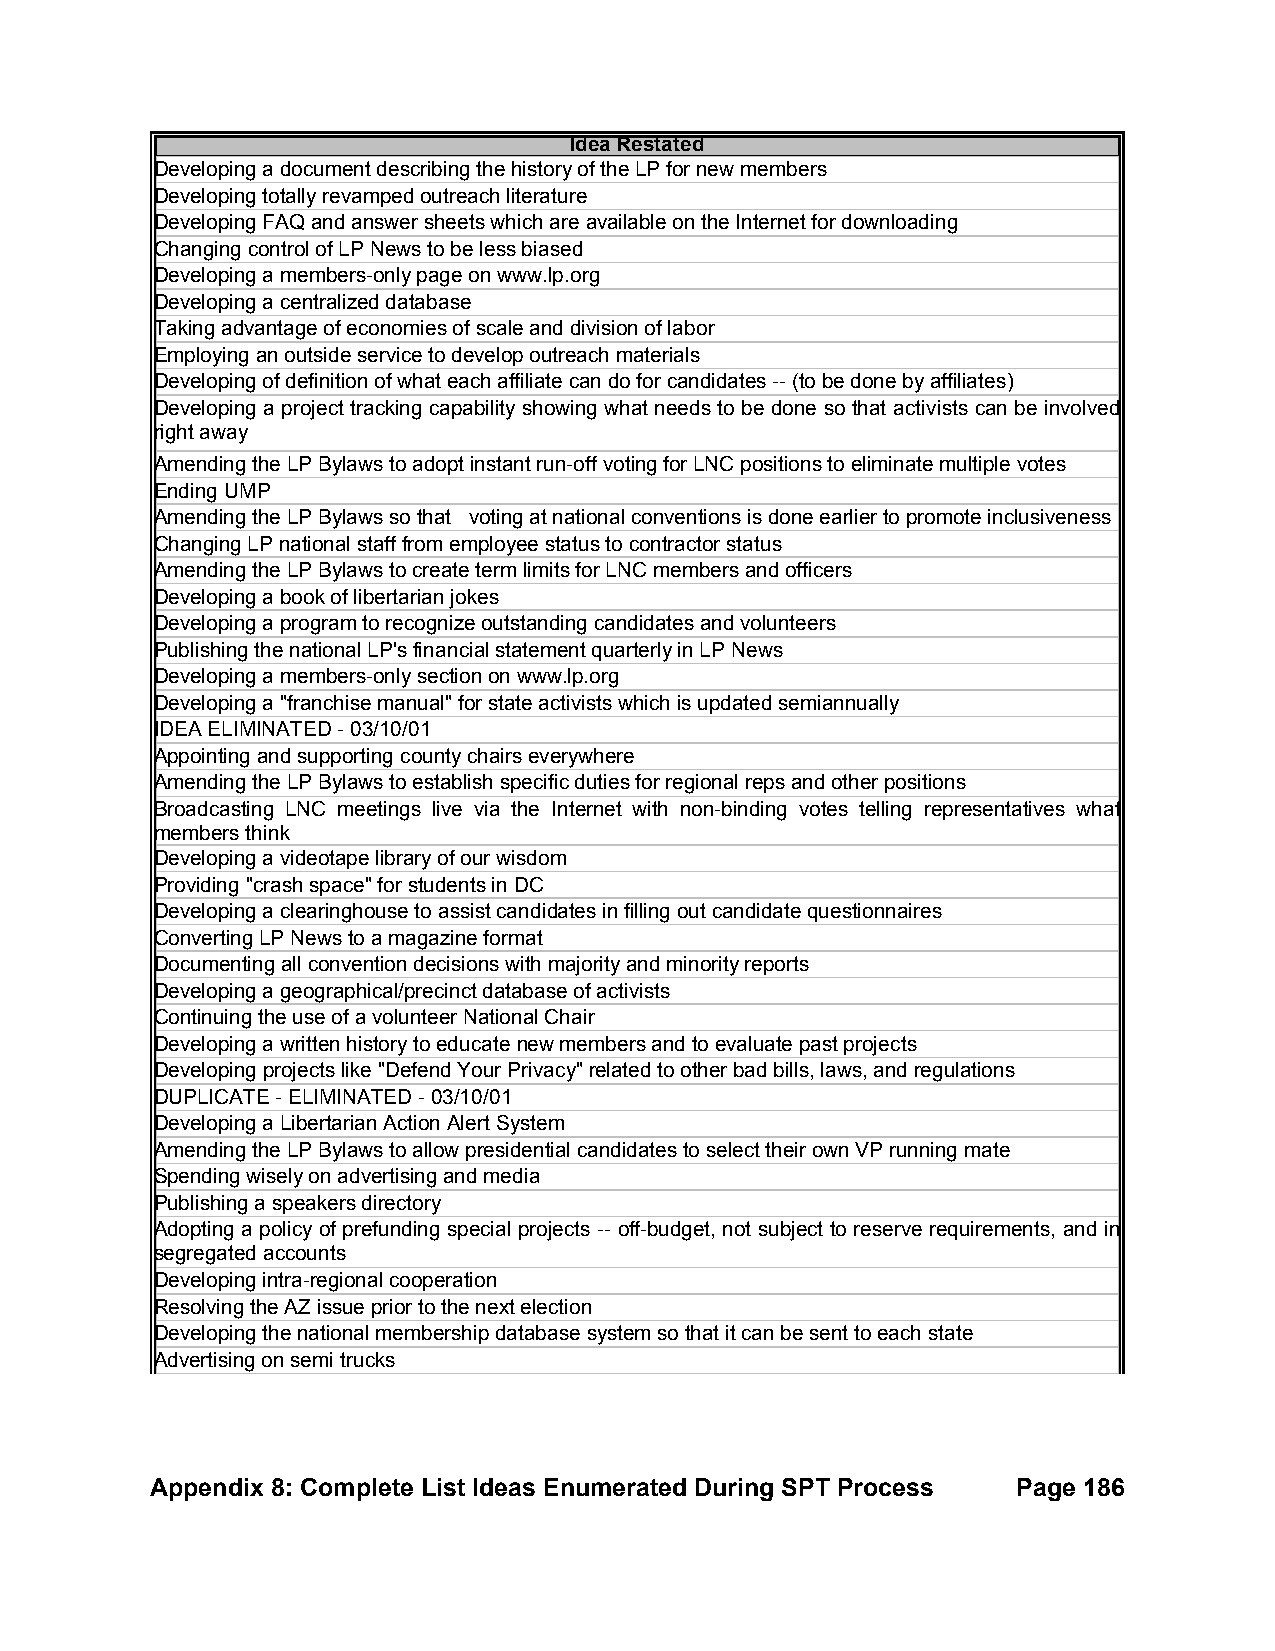
Idea Restated
 Developing a document describing the history of the LP for new members
 Developing totally revamped outreach literature
 Developing FAQ and answer sheets which are available on the Internet for downloading
 Changing control of LP News to be less biased
 Developing a members-only page on www.lp.org
 Developing a centralized database
 Taking advantage of economies of scale and division of labor
 Employing an outside service to develop outreach materials
 Developing of definition of what each affiliate can do for candidates -- (to be done by affiliates)
 Developing a project tracking capability showing what needs to be done so that activists can be involved
 right away
 Amending the LP Bylaws to adopt instant run-off voting for LNC positions to eliminate multiple votes
 Ending UMP
 Amending the LP Bylaws so that voting at national conventions is done earlier to promote inclusiveness
 Changing LP national staff from employee status to contractor status
 Amending the LP Bylaws to create term limits for LNC members and officers
 Developing a book of libertarian jokes
 Developing a program to recognize outstanding candidates and volunteers
 Publishing the national LP's financial statement quarterly in LP News
 Developing a members-only section on www.lp.org
 Developing a "franchise manual" for state activists which is updated semiannually
 IDEA ELIMINATED - 03/10/01
 Appointing and supporting county chairs everywhere
 Amending the LP Bylaws to establish specific duties for regional reps and other positions
 Broadcasting LNC meetings live via the Internet with non-binding votes telling representatives what
 members think
 Developing a videotape library of our wisdom
 Providing "crash space" for students in DC
 Developing a clearinghouse to assist candidates in filling out candidate questionnaires
 Converting LP News to a magazine format
 Documenting all convention decisions with majority and minority reports
 Developing a geographical/precinct database of activists
 Continuing the use of a volunteer National Chair
 Developing a written history to educate new members and to evaluate past projects
 Developing projects like "Defend Your Privacy" related to other bad bills, laws, and regulations
 DUPLICATE - ELIMINATED - 03/10/01
 Developing a Libertarian Action Alert System
 Amending the LP Bylaws to allow presidential candidates to select their own VP running mate
 Spending wisely on advertising and media
 Publishing a speakers directory
 Adopting a policy of prefunding special projects -- off-budget, not subject to reserve requirements, and in
 segregated accounts
 Developing intra-regional cooperation
 Resolving the AZ issue prior to the next election
 Developing the national membership database system so that it can be sent to each state
 Advertising on semi trucks
 Appendix 8: Complete List Ideas Enumerated During SPT Process Page 186